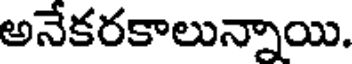
అనేకరకాలున్నాయి.